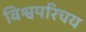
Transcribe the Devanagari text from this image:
विश्वपरिचय